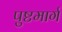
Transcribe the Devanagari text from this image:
पुष्टमार्ग